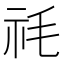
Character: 𮁠